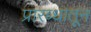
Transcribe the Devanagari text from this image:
प्रारब्धातून